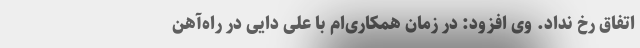
اتفاق رخ نداد. وی افزود: در زمان همکاری‌ام با علی دایی در راه‌آهن